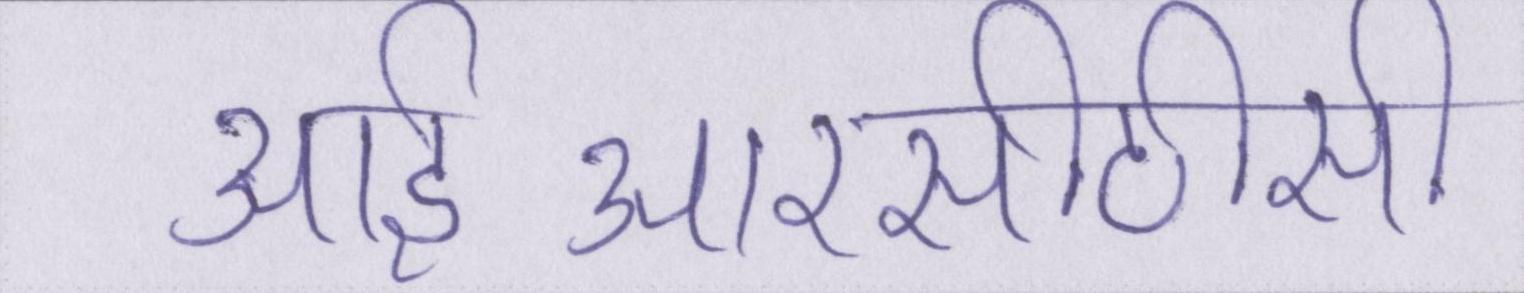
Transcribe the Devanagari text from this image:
आईआरसीटीसी